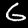
Label: 6